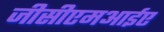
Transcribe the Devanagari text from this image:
जीसीएमआईए